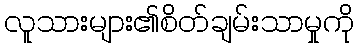
လူသားများ၏စိတ်ချမ်းသာမှုကို